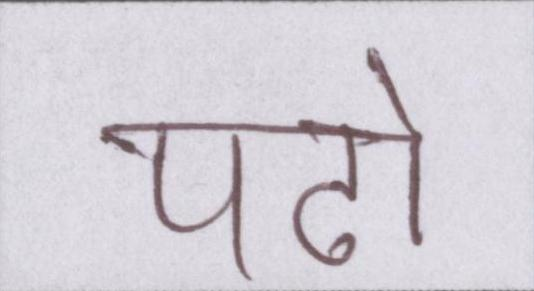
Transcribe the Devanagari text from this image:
पढो